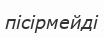
пісірмейді